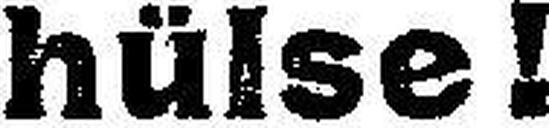
hülse!